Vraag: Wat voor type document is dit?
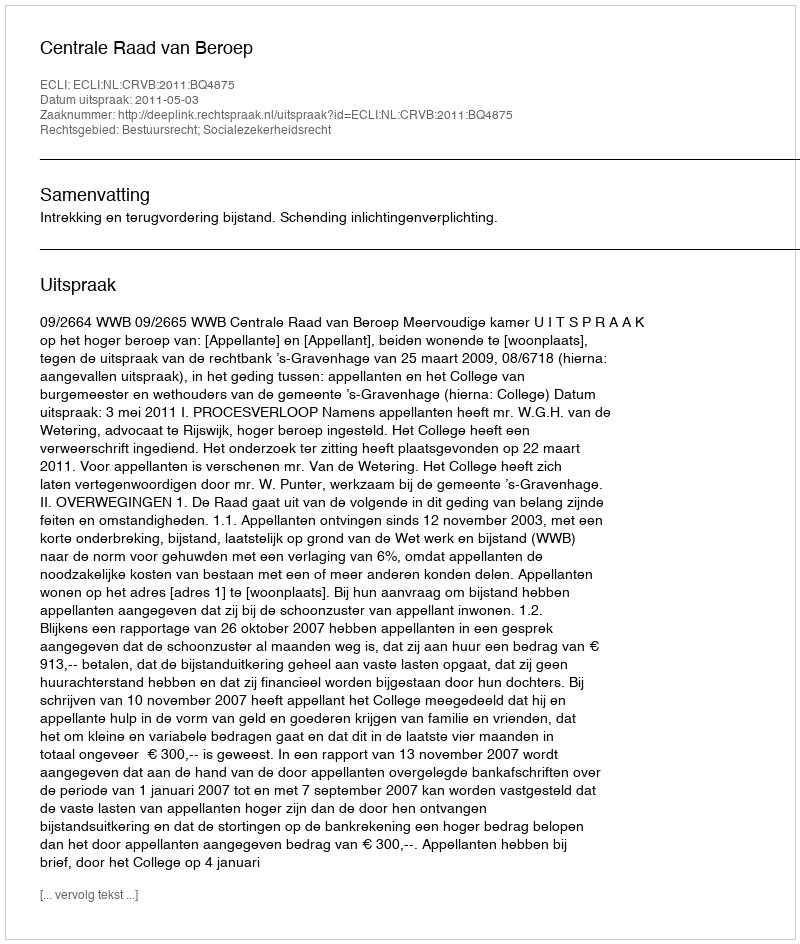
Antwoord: Uitspraak